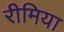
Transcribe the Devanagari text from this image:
रीमिया